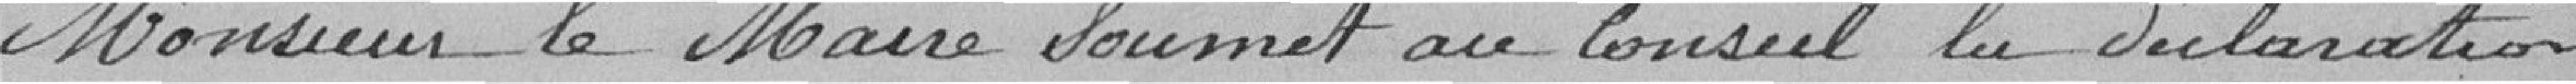
Monsieur le Maire soumet au Conseil la déclaration